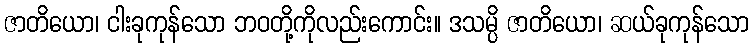
ဇာတိယော၊ ငါးခုကုန်သော ဘဝတို့ကိုလည်းကောင်း။ ဒသမ္ပိ ဇာတိယော၊ ဆယ်ခုကုန်သော